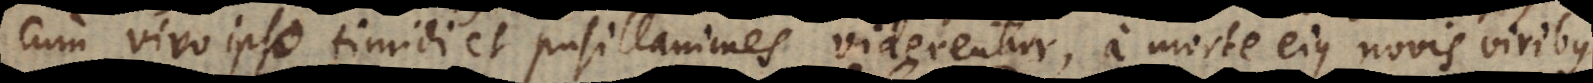
cum vivo ipso timidi et pusillanimes viderentur, a morte ejus novis viribus